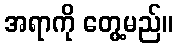
အရာကို တွေ့မည်။